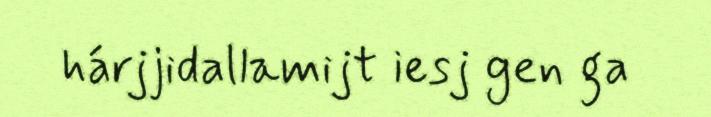
hárjjidallamijt iesj gen ga